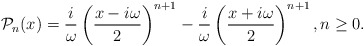
\begin{align*}&\mathcal{P}_{n}(x)= \dfrac{i}{\omega}\left(\dfrac{x-i\omega}{2}\right)^{n+1}-\dfrac{i}{\omega}\left(\dfrac{x+i\omega}{2}\right)^{n+1}, n \geq 0.\end{align*}